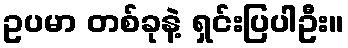
ဥပမာ တစ်ခုနဲ့ ရှင်းပြပါဦး။